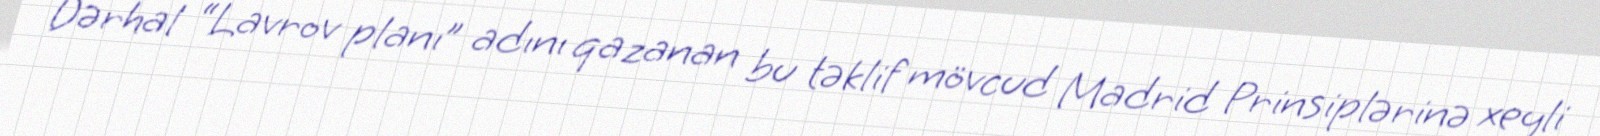
Dərhal “Lavrov planı” adını qazanan bu təklif mövcud Madrid Prinsiplərinə xeyli